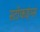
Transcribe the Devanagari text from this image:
स्टॉकइंग्स